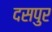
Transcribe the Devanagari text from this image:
दसपुर